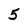
Character: 5